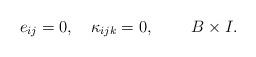
LaTeX: \begin{align*}e_{ij}=0,\quad\kappa_{ijk}=0,\qquad\;B\times I.\end{align*}